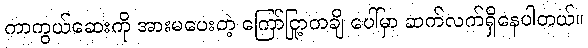
ကာကွယ်ဆေးကို အားမပေးတဲ့ ကြော်ငြာတချို့ ပေါ်မှာ ဆက်လက်ရှိနေပါတယ်။